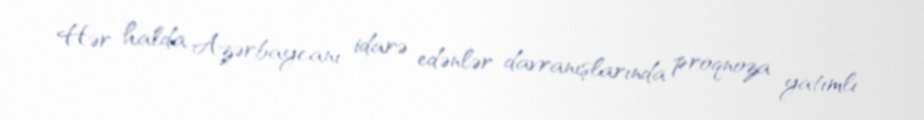
Hər halda Azərbaycanı idarə edənlər davranışlarında proqnoza yatımlı